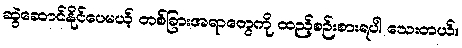
ဆွဲဆောင်နိုင်ပေမယ့် တစ်ခြားအရာတွေကို ထည့်စဉ်းစားရပါ သေးတယ်။